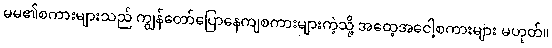
မမ၏စကားများသည် ကျွန်တော်ပြောနေကျစကားများကဲ့သို့ အထေ့အငေါ့စကားများ မဟုတ်။